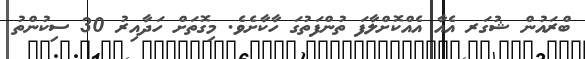
ބްރައުން ޝުގަރ އެއާ އެއްކޮށްލާފަ ތުންފަތުގަ ހާކާށެވެ. މިގޮތަށް ހަދާއިރު 30 ސިކުންތު